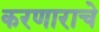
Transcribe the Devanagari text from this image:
करणाराचे